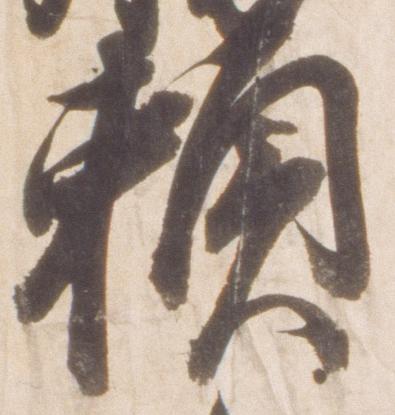
頼